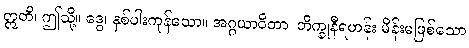
ဣတိ၊ ဤသို့။ ဒွေ၊ နှစ်ပါးကုန်သော။ အဂ္ဂယာဝိတာ၊ ဘိက္ခုနီရဟန်း မိန်းမဖြစ်သော